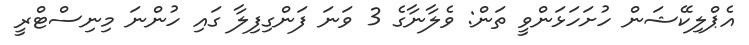
އެޕްލިކޭޝަން ހުށަހަޅަންވީ ތަން: ވެލާނާގެ 3 ވަނަ ފަންގިފިލާ ގައި ހުންނަ މިނިސްޓްރީ